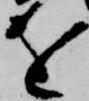
を